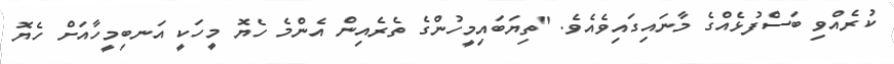
ކުރެއްވި ބަސްފުޅެއްގެ މާނައިގައިވެއެވެ. "ތިޔަބައިމީހުންގެ ތެރެއިން އެންމެ ހެޔޮ މީހަކީ އަނބިމީހާއަށް ހެޔޮ